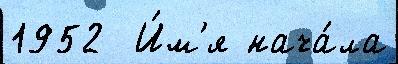
1952  И́м'я нача́ла